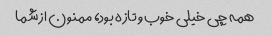
همه چی خیلی خوب و تازه بود، ممنون از شما